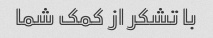
با تشکر از کمک شما